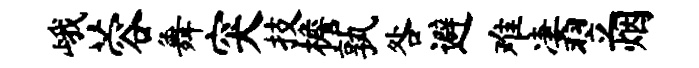
峨蓉舞突技檐孰咎避难凄翌烟